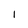
Character: 1